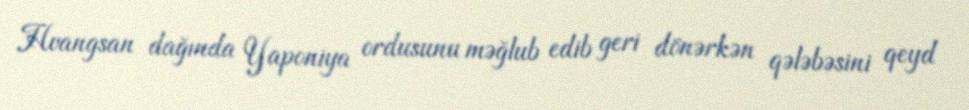
Hvangsan dağında Yaponiya ordusunu məğlub edib geri dönərkən qələbəsini qeyd